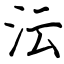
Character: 沄